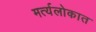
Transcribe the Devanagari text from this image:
मर्त्यलोकात